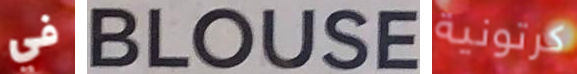
في BLOUSE كرتونية